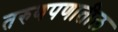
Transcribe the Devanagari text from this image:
तरुणपणातील